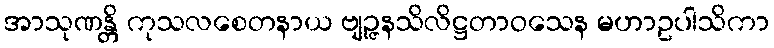
အာသုဏန္တိ ကုသလစေတနာယ ဗျဉ္ဇနသိလိဋ္ဌတာဝသေန မဟာဥပါသိကာ